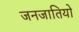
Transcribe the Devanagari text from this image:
जनजातियो